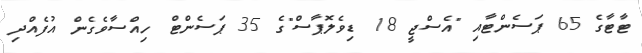
ޓާޓާގެ 65 ޕަސެންޓާއި "އެސްޖީ 18 ޑިވެލޮޕާސް"ގެ 35 ޕަސެންޓް ހިއްސާވެގެން އުފެއްދި